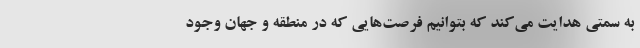
به سمتی هدایت می‌کند که بتوانیم فرصت‌هایی که در منطقه و جهان وجود